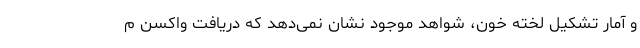
و آمار تشکیل لخته خون، شواهد موجود نشان نمی‌دهد که دریافت واکسن م